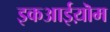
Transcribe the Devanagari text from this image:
इकआईय़ॊम